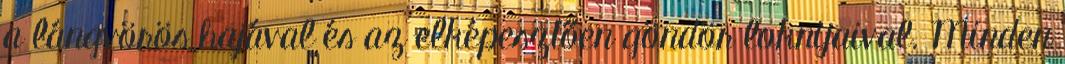
a lángvörös hajával és az elképesztően göndör loknijaival. Minden